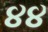
૪૪